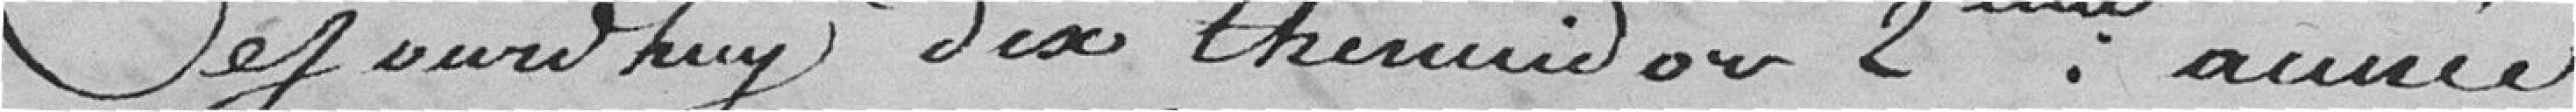
Cejourd'huy dix thermidor 2eme année